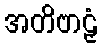
အတိဗာဠှံ